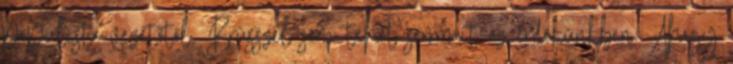
populista vezetőtől, Brüsszel sem tehet semmit az érdekünkben. Ahogy